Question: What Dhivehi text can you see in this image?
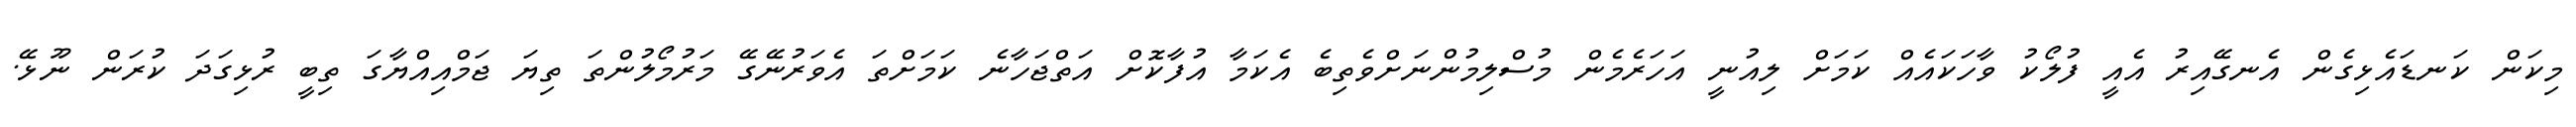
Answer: މިކަން ކަނޑައެޅިގެން އެނގޭއިރު އެއީ ފުލޯކު ވާހަކައެއް ކަމަށް ލިއުނީ އަހަރެމެން މުސްލިމުންނަށްވެތިބެ އެކަމާ އުފާކޮށް އަތްޖަހާނެ ކަމަށްތަ އެވަރުނޭގޭ މަރުމޯލުންތަ ތިޔަ ޖަމްއިއްޔާގަ ތިބީ ރުޅިގަދަ ކުރަން ނޫޅޭ.